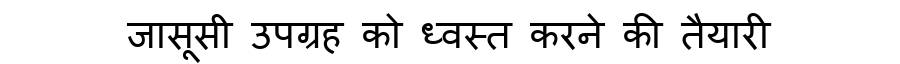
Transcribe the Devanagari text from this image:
जासूसी उपग्रह को ध्वस्त करने की तैयारी